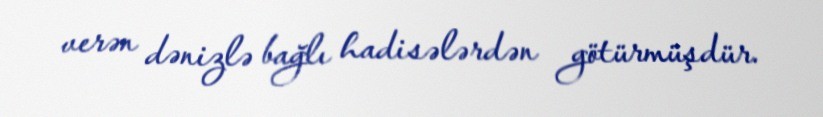
verən dənizlə bağlı hadisələrdən götürmüşdür.